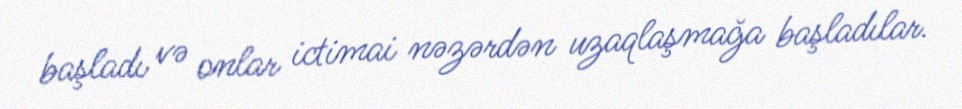
başladı və onlar ictimai nəzərdən uzaqlaşmağa başladılar.